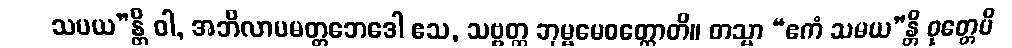
သမယ”န္တိ ဝါ, အဘိလာပမတ္တဘေဒေါ ဧသ, သဗ္ဗတ္ထ ဘုမ္မမေဝတ္ထောတိ။ တသ္မာ “ဧကံ သမယ”န္တိ ဝုတ္တေပိ